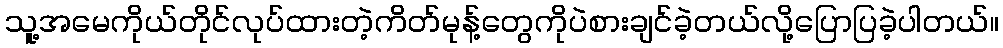
သူ့အမေကိုယ်တိုင်လုပ်ထားတဲ့ကိတ်မုန့်တွေကိုပဲစားချင်ခဲ့တယ်လို့ပြောပြခဲ့ပါတယ်။